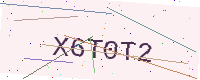
Text: X6T0T2